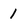
Character: 1